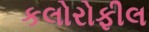
કલોરોફીલ